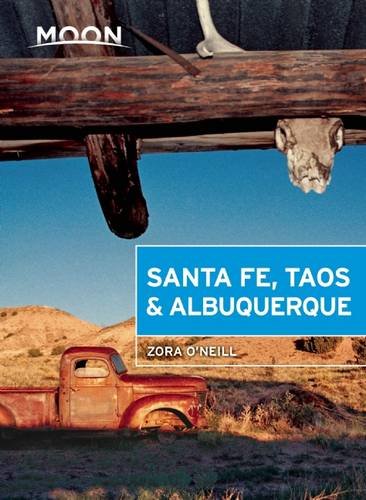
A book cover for Moon Santa Fe, Taos & Albuquerque (Moon Handbooks); Zora O'Neill; Travel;